Juri_Uluots, lk 26
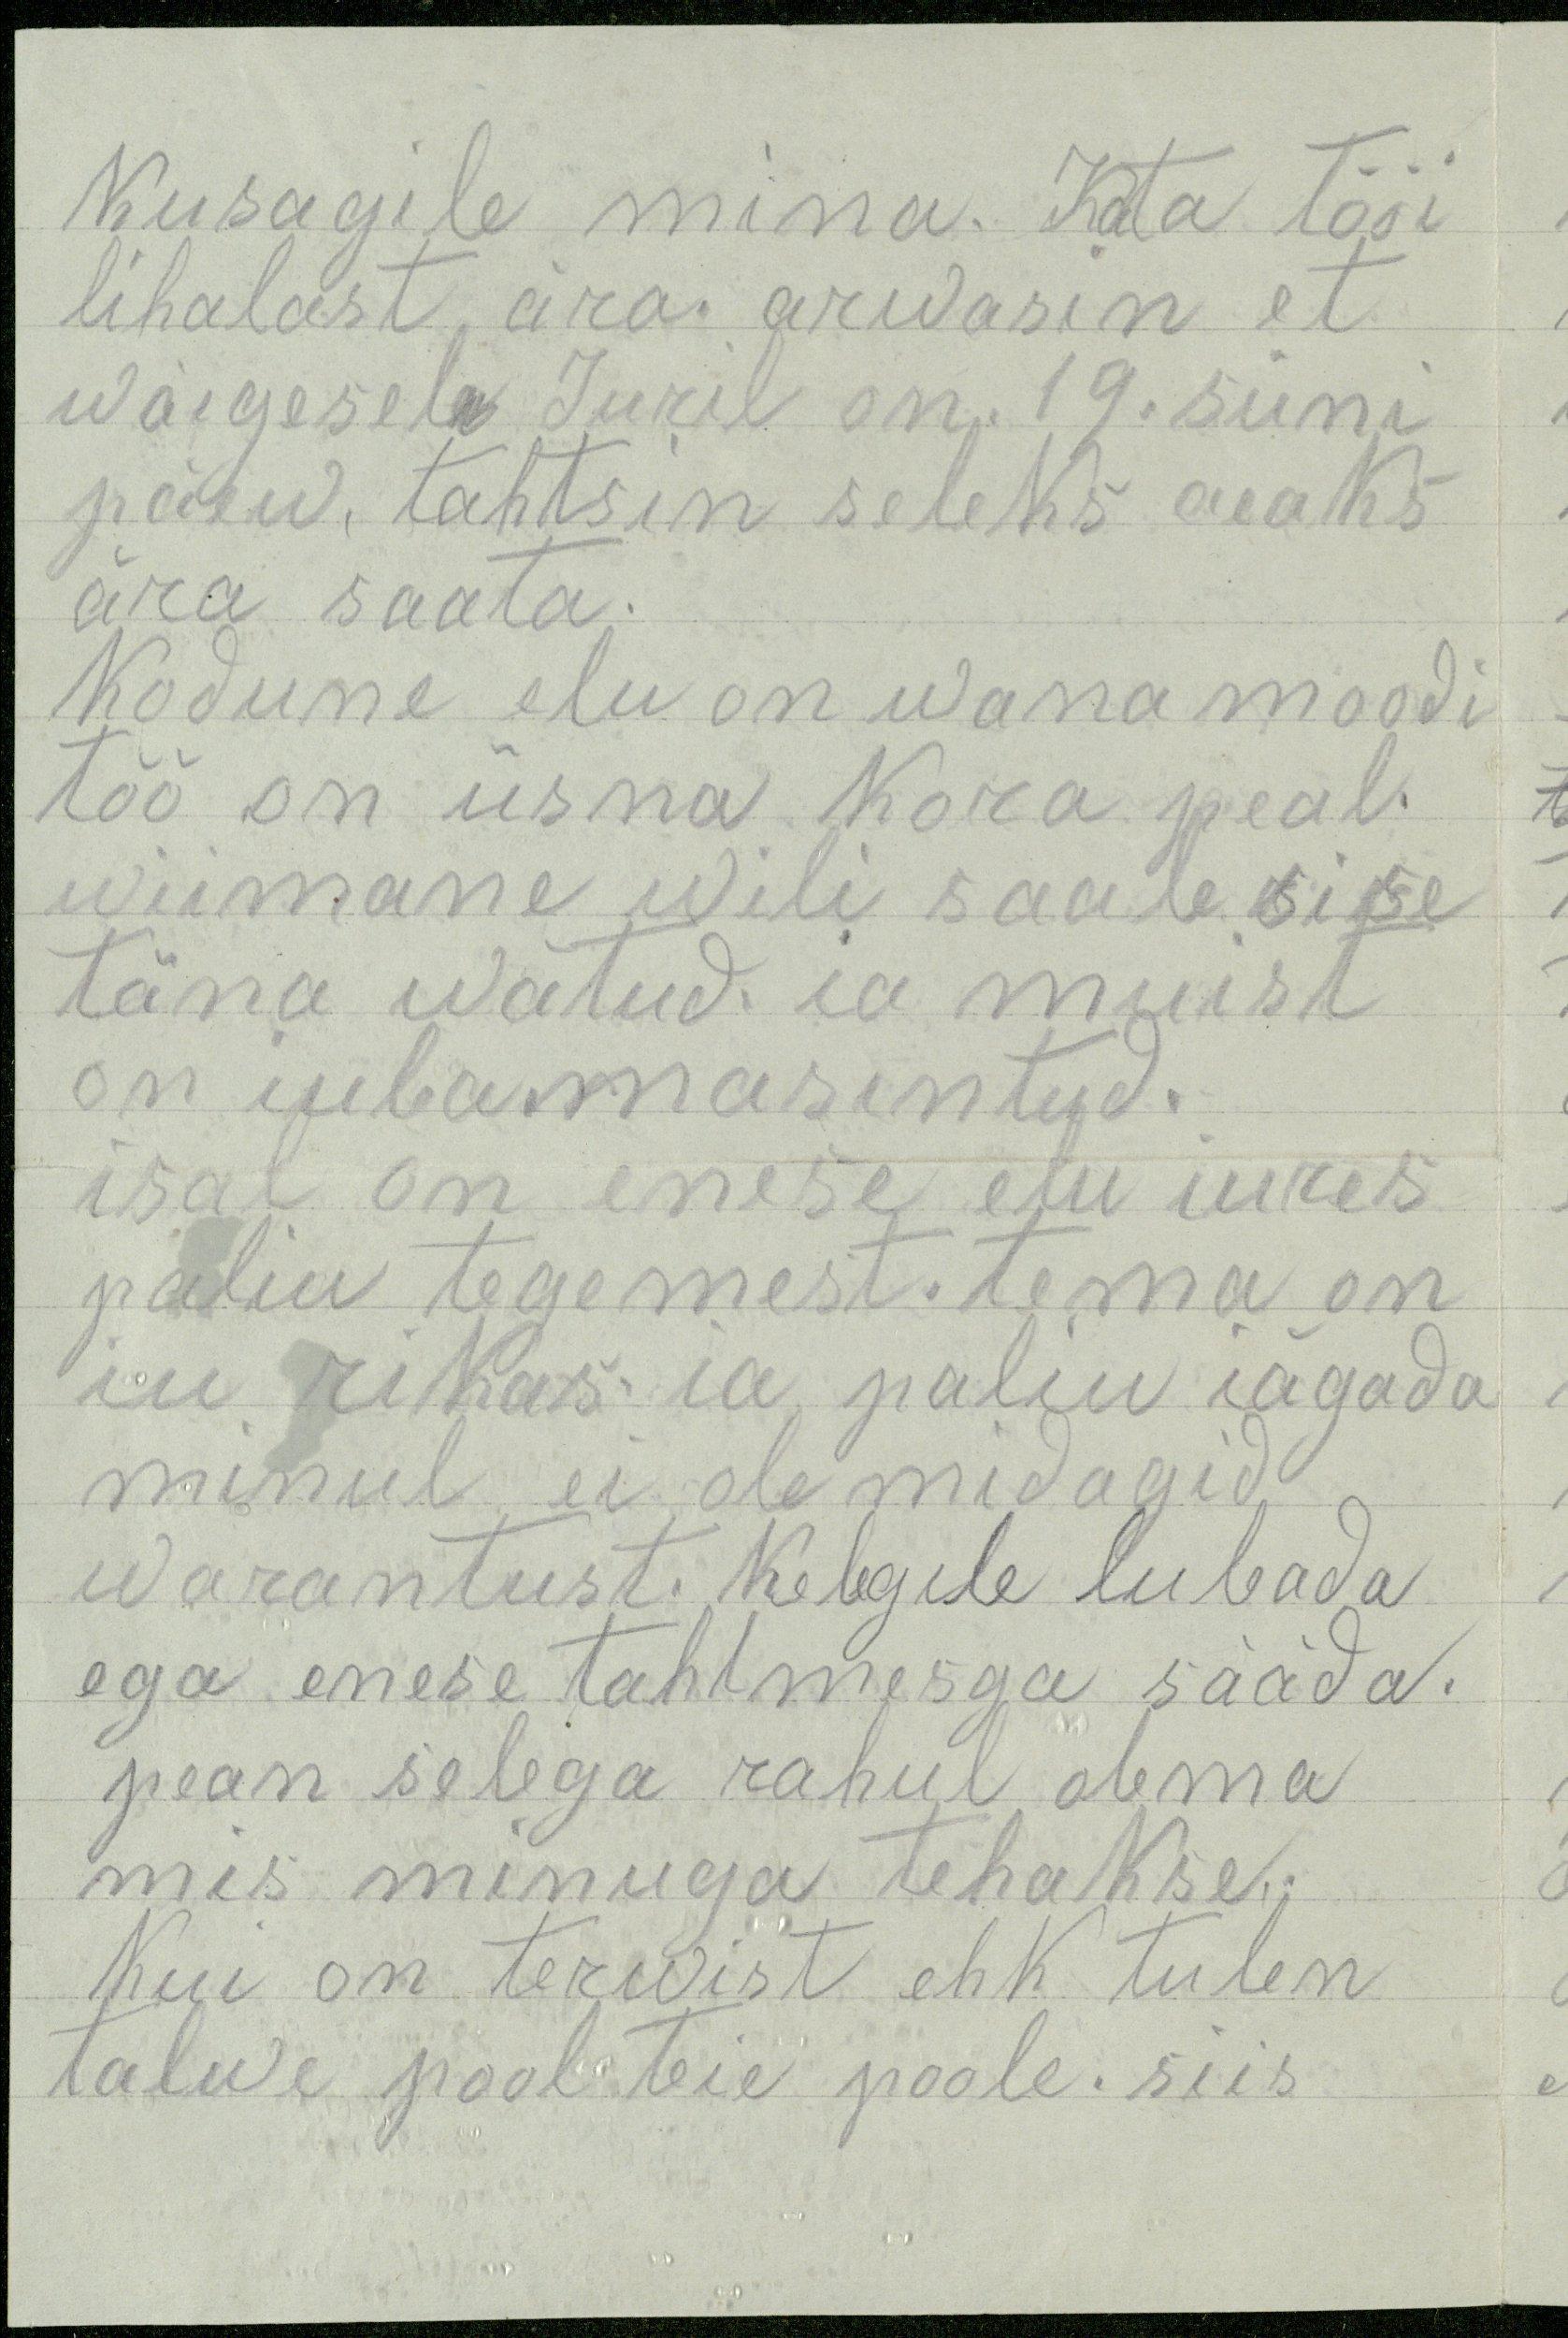
kusagile mina. Kata tõõi
lihalast ära. arwasin et
wäigesel Juril on 19. süni
päew, tahtsin seleks aeaks
ära saata.
Kodune elu on wana moodi
töö on üsna kora peal.
wiimane wili saab sise
täna wõtud ia muist
on iuba masintud.
isal on enese elu iures
paliu tegemest. tema on
iu rikas ia paliu iägada
minul ei ole midagid
warantust. Kelegile lubada
ega enese tahtmesga sääda.
pean selega rahul olema
mis minuga tehakse.
Kui on terwist ehk tulen
talwe pool teie poole. siis